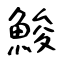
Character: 鮻